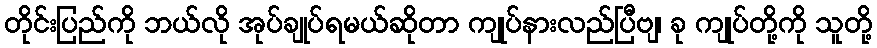
တိုင်းပြည်ကို ဘယ်လို အုပ်ချုပ်ရမယ်ဆိုတာ ကျုပ်နားလည်ပြီဗျ၊ ခု ကျုပ်တို့ကို သူတို့